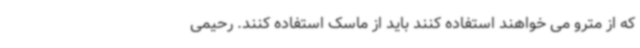
که از مترو می خواهند استفاده کنند باید از ماسک استفاده کنند. رحیمی